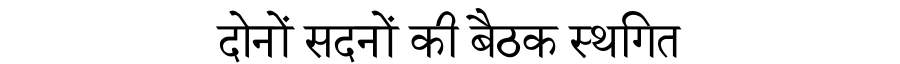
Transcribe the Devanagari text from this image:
दोनों सदनों की बैठक स्थगित